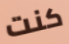
كنت